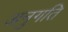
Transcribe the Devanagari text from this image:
अनुगति